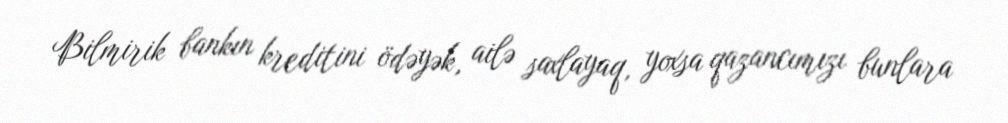
Bilmirik bankın kreditini ödəyək, ailə saxlayaq, yoxsa qazancımızı bunlara